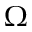
\Omega